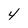
Character: 4